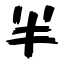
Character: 半